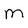
Character: M